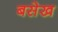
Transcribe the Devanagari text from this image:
बसेख